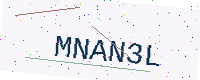
Text: MNAN3L